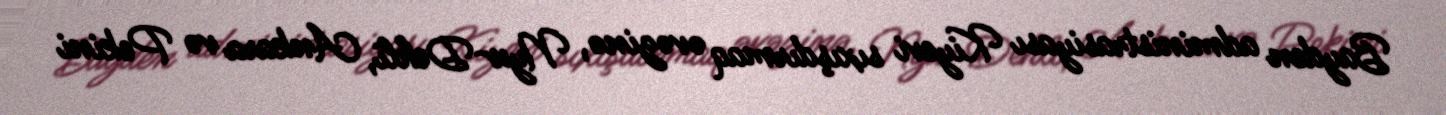
Bayden administrasiyası Kiyevi sıxışdırmaq əvəzinə, Nyu-Dehli, Ankara və Pekini